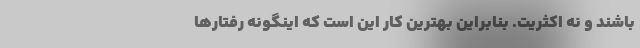
باشند و نه اکثریت. بنابراین بهترین کار این است که اینگونه رفتارها